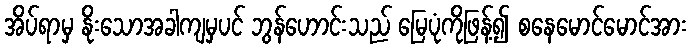
အိပ်ရာမှ နိုးသောအခါကျမှပင် ဘွန်ဟောင်းသည် မြေပုံကိုဖြန့်၍ စနေမောင်မောင်အား